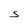
Character: S